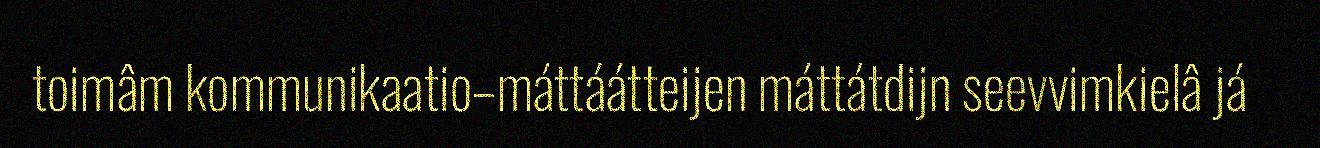
toimâm kommunikaatio–máttáátteijen máttátdijn seevvimkielâ já